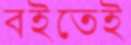
বইতেই